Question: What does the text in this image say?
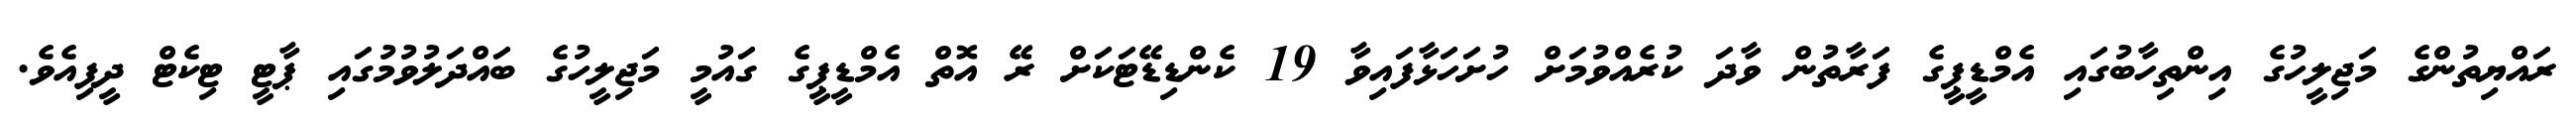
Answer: ރައްޔިތުންގެ މަޖިލީހުގެ އިންތިހާބުގައި އެމްޑީޕީގެ ފަރާތުން ވާދަ ކުރެއްވުމަށް ހުށަހަޅާފައިވާ 19 ކެންޑިޑޭޓަކަށް ރޭ އޮތް އެމްޑީޕީގެ ގައުމީ މަޖިލީހުގެ ބައްދަލުވުމުގައި ޕާޓީ ޓިކެޓް ދީފިއެވެ.